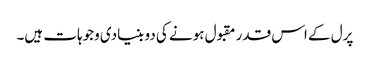
پرل کے اس قدر مقبول ہونے کی دو بنیادی وجوہات ہیں۔